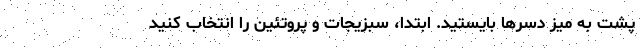
پشت به میز دسرها بایستید. ابتدا، سبزیجات و پروتئین را انتخاب کنید